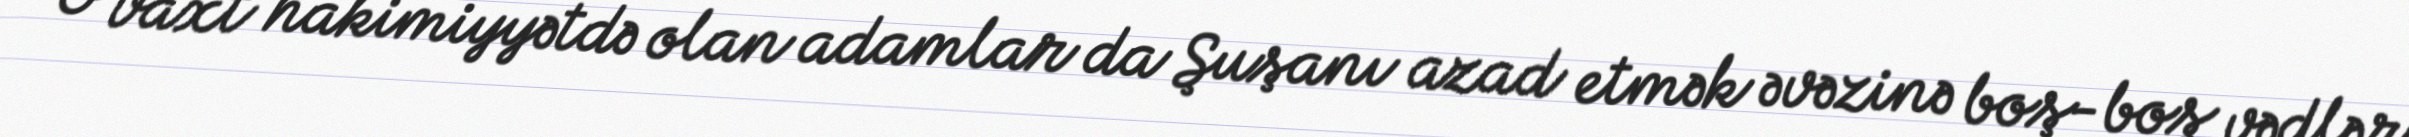
O vaxt hakimiyyətdə olan adamlar da Şuşanı azad etmək əvəzinə boş-boş vədlər